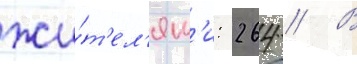
жи́т'ел'ям'и: 264 // В